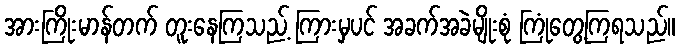
အားကြိုးမာန်တက် တူးနေကြသည့် ကြားမှပင် အခက်အခဲမျိုးစုံ ကြုံတွေ့ကြရသည်။